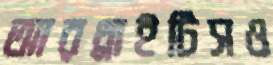
আরথ্রাইটিসও